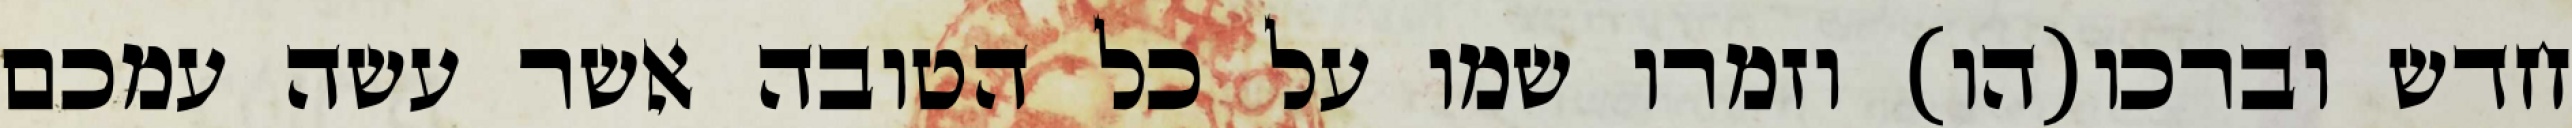
חדש וברכו(הו) וזמרו שמו על כל הטובה אשר עשה עמכם